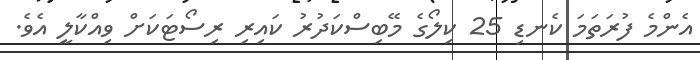
އެންމެ ފުރަތަމަ ކެނޑި 25 ކިލޯގެ މޭބިސްކަދުރު ކައިރި ރިސޯޓަކަށް ވިއްކާލީ އެވެ.